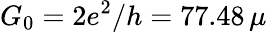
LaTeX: G_{0}=2e^{2}/h=77.48\, \mu